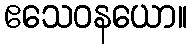
ဧသေဝနယော။